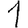
Digit: 1